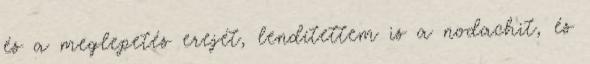
és a meglepetés erejét, lendítettem is a nodachit, és